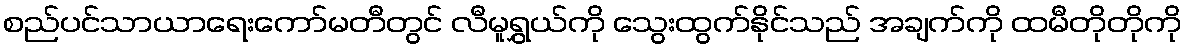
စည်ပင်သာယာရေးကော်မတီတွင် လီမူရွှယ်ကို သွေးထွက်နိုင်သည် အချက်ကို ထမီတိုတိုကို